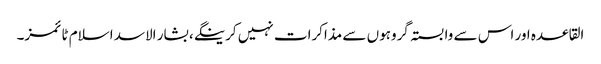
القاعدہ اور اس سے وابستہ گروہوں سے مذاکرات نہیں کرینگے، بشار الاسد اسلام ٹائمز۔